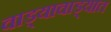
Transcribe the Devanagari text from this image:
वाड्यावाड्यात